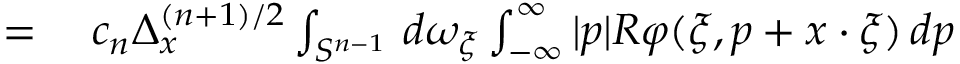
\begin{array} { r l } { = { } } & { { } c _ { n } \Delta _ { x } ^ { ( n + 1 ) / 2 } \int _ { S ^ { n - 1 } } \, d \omega _ { \xi } \int _ { - \infty } ^ { \infty } | p | R \varphi ( \xi , p + x \cdot \xi ) \, d p } \end{array}